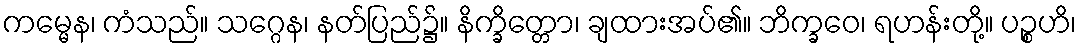
ကမ္မေန၊ ကံသည်။ သဂ္ဂေန၊ နတ်ပြည်၌။ နိက္ခိတ္တော၊ ချထားအပ်၏။ ဘိက္ခဝေ၊ ရဟန်းတို့။ ပဉ္စဟိ၊